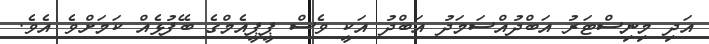
އަދި މިނިސްޓަރު އަބްދުއްސަމަދު އަބްދު އަކީ ވެސް ޕީޕީއެމްގެ ބޭފުޅެއް ކަމަށްވެ އެވެ.